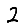
Digit: 2